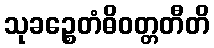
သုခဉ္စေတံဓိဝတ္တတီတိ